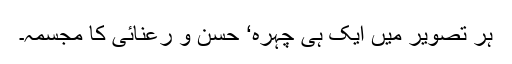
ہر تصویر میں ایک ہی چہرہ‘ حسن و رعنائی کا مجسمہ۔